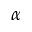
\alpha